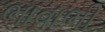
ભાવાભી